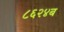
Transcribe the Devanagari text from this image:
८६२४ब